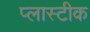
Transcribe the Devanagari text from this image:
प्लास्टीक